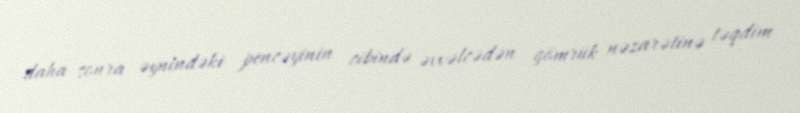
daha sonra əynindəki pencəyinin cibində əvvəlcədən gömrük nəzarətinə təqdim